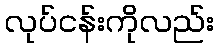
လုပ်ငန်းကိုလည်း